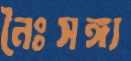
নৈঃসঙ্গ্য